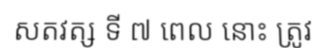
សតវត្ស ទី ៧ ពេល នោះ ត្រូវ